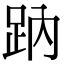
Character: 䟜